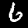
Label: 6